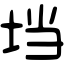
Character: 垱